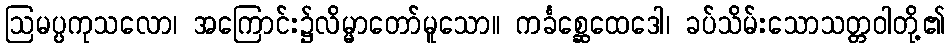
ဩမပ္ပကုသလော၊ အကြောင်း၌လိမ္မာတော်မူသော။ ကင်္ခစ္ဆေထေဒေါ၊ ခပ်သိမ်းသောသတ္တဝါတို့၏